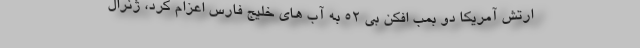
ارتش آمریکا دو بمب افکن بی ۵۲ به آب های خلیج فارس اعزام کرد، ژنرال